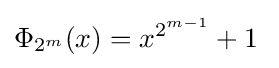
\Phi _{2^{m}}(x)=x^{2^{m-1}}+1\;